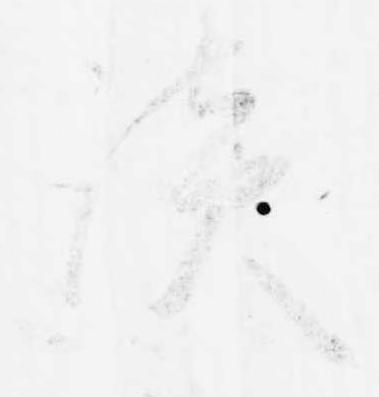
談